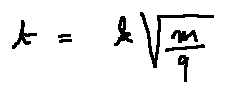
t = k \sqrt { \frac { m } { q } }